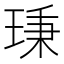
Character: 𤦋